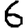
Digit: 6